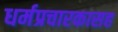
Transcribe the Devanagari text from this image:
धर्मप्रचारकासह